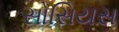
સોસિયસ